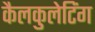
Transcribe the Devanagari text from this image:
कैलकुलेटिंग